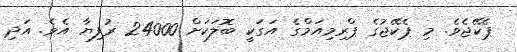
ޕެކޭޖެވެ. މި ޕެކޭޖުގެ ޕްރިމިއަމްގެ އަގަކީ ބޮލަކަށް 24000 ރުފިޔާ އެވެ. އަދި